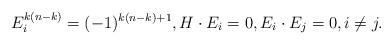
LaTeX: \begin{align*}E_i^{k(n-k)}= (-1)^{k(n-k)+1}, H \cdot E_i = 0, E_i \cdot E_j = 0,i\neq j.\end{align*}